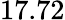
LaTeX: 17.72